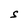
Character: S